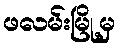
ဖလမ်းမြို့မှ